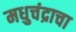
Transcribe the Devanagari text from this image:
मधुचंद्राचा